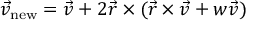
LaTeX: { \vec { v } } _ { \mathrm { n e w } } = { \vec { v } } + 2 { \vec { r } } \times ( { \vec { r } } \times { \vec { v } } + w { \vec { v } } )